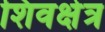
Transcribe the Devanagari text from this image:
शिवक्षेत्र